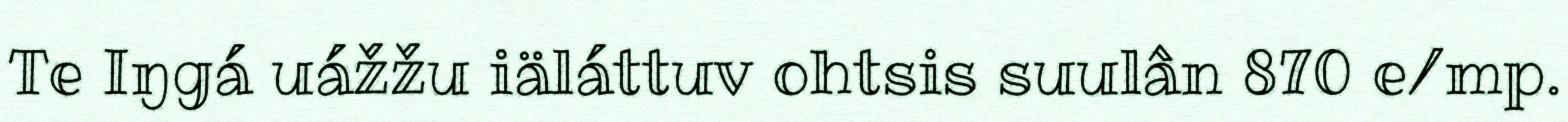
Te Iŋgá uážžu iäláttuv ohtsis suulân 870 e/mp.